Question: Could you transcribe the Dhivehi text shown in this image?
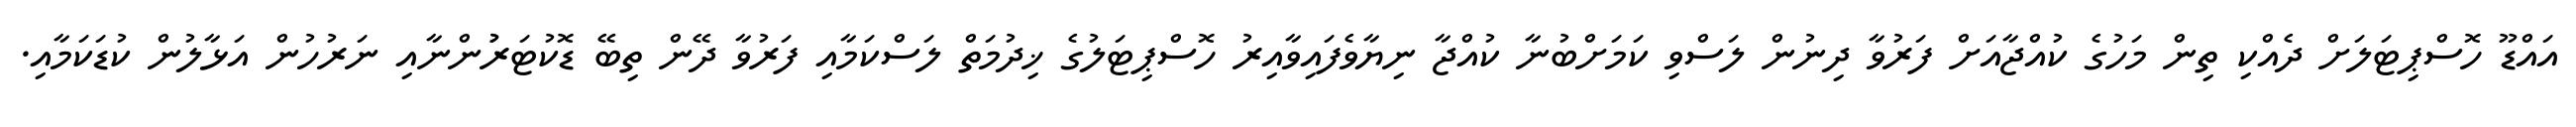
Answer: އައްޑޫ ހޮސްޕިޓަލަށް ދެއްކި ތިން މަހުގެ ކުއްޖާއަށް ފަރުވާ ދިނުން ލަސްވި ކަމަށްބުނާ ކުއްޖާ ނިޔާވެފައިވާއިރު ހޮސްޕިޓަލުގެ ޚިދުމަތް ލަސްކަމާއި ފަރުވާ ދޭން ތިބޭ ޑޮކުޓަރުުންނާއި ނަރުހުން އަޅާލުން ކުޑަކަމާއި.